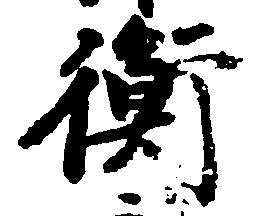
衝